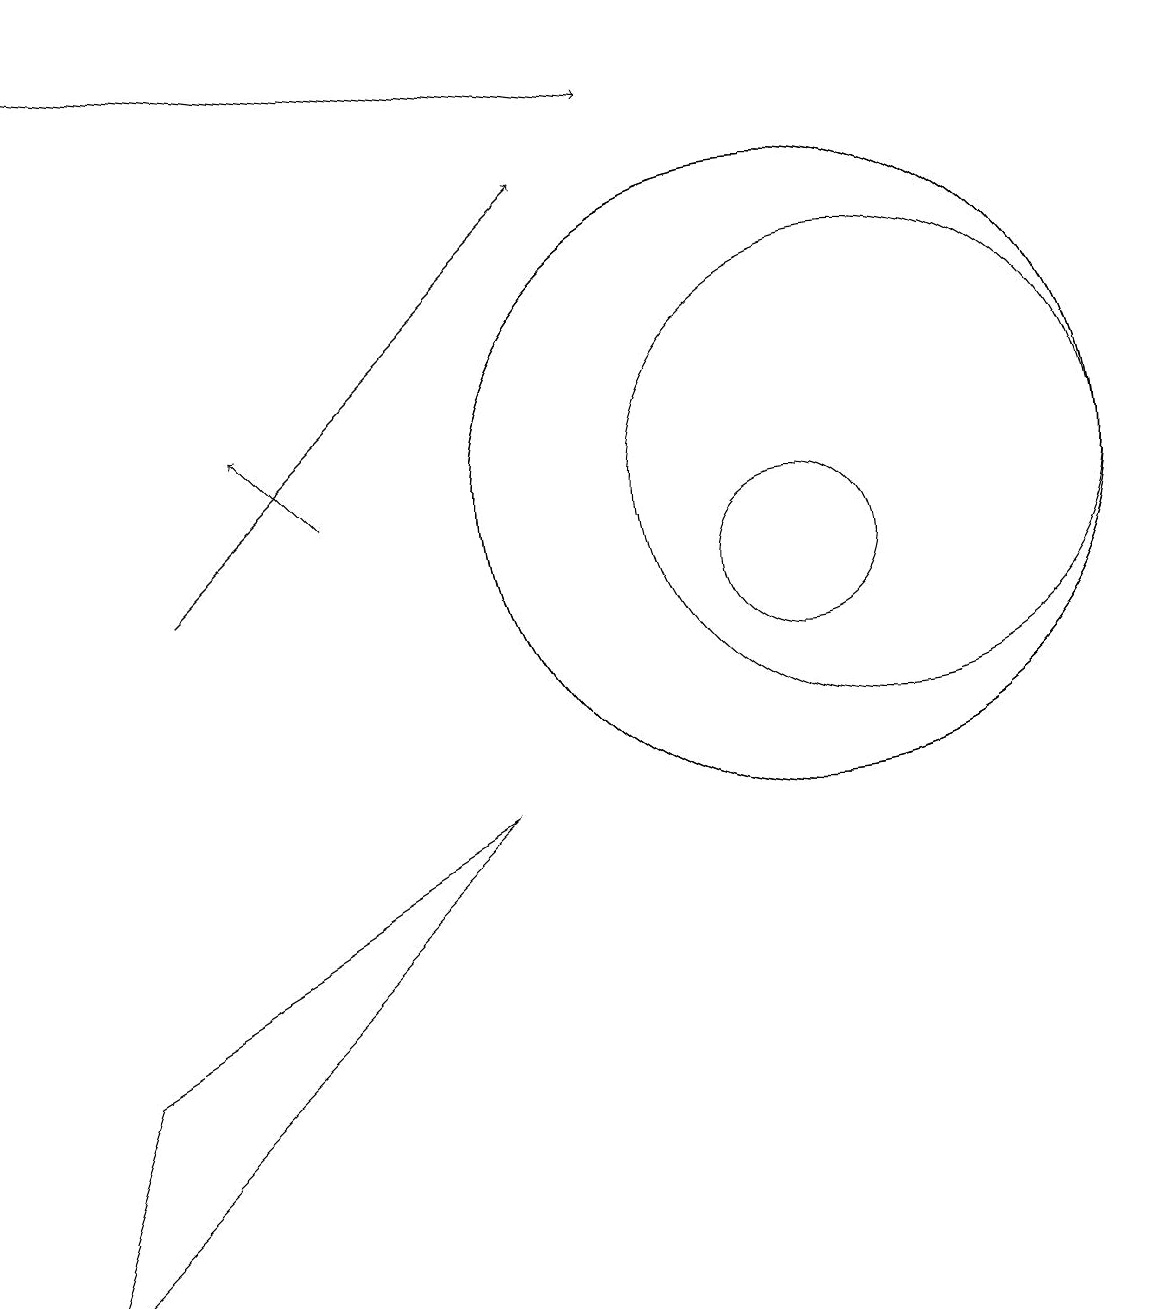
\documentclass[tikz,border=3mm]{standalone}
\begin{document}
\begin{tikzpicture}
\draw[->] (0,17) -- (8,16);
\draw (11,11) circle (3);
\draw[->] (2,10) -- (7,15);
\draw (1,4) -- (6,7) -- (0,1) -- cycle;
\draw[->] (4,11) -- (3,12);
\draw (10,11) circle (4);
\draw (10,10) circle (1);
\draw (10,11) circle (4);
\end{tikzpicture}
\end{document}